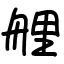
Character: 艃